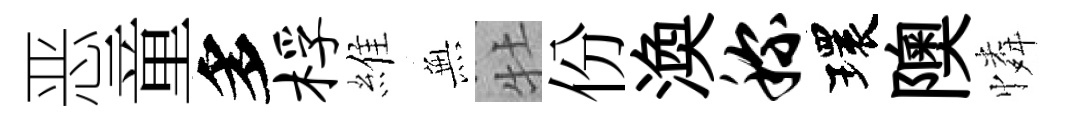
恶童多桴維𭴾牡份渙称環隩憐